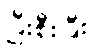
ပြီးစီးပြီး